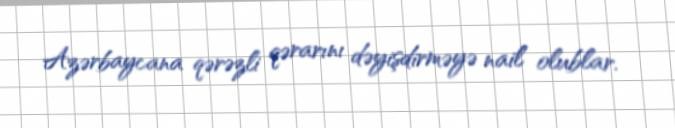
Azərbaycana qərəzli qərarını dəyişdirməyə nail olublar.